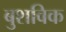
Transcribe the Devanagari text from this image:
बुशविक